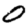
Digit: 0